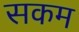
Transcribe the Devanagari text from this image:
सकम